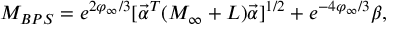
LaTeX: M _ { B P S } = e ^ { 2 \varphi _ { \infty } / 3 } [ { \vec { \alpha } } ^ { T } ( { \cal M } _ { \infty } + { L } ) { \vec { \alpha } } ] ^ { 1 / 2 } + e ^ { - 4 \varphi _ { \infty } / 3 } \beta ,